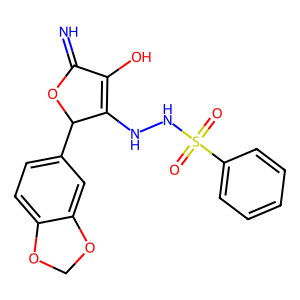
SMILES: N=C1OC(c2ccc3c(c2)OCO3)C(NNS(=O)(=O)c2ccccc2)=C1O
Inhibits HIV replication: No